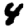
Digit: 4